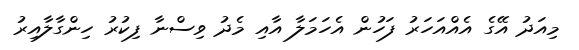
މިއަދު އޭގެ އެއްއަހަރު ފަހުން އެހަމަލާ އާއި މެދު ވިސްނާ ފިކުރު ހިންގާލާއިރު